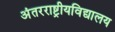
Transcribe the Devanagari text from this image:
अंतरराष्ट्रीयविद्यालय